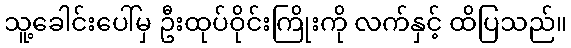
သူ့ခေါင်းပေါ်မှ ဦးထုပ်ဝိုင်းကြိုးကို လက်နှင့် ထိပြသည်။